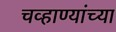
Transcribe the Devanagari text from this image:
चव्हाण्यांच्या